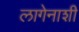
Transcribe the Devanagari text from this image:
लागेनाशी